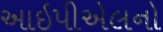
આઇપીએલનો